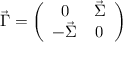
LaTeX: \vec { \Gamma } = \left( \begin{array} { c c } { { 0 } } & { { \vec { \Sigma } } } \\ { { - \vec { \Sigma } } } & { { 0 } } \end{array} \right)